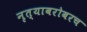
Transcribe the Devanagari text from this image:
नृत्याबरोबरच